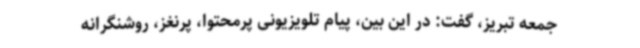
جمعه تبریز، گفت: در این بین، پیام تلویزیونی پرمحتوا، پرنغز، روشنگرانه